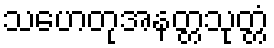
သဟေတုအနတ္တသုတ္တံ